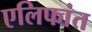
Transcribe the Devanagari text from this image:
एलिफांत